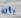
بآلة